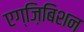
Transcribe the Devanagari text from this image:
एग्ज़िबिशन